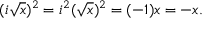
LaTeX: ( i { \sqrt { x } } ) ^ { 2 } = i ^ { 2 } ( { \sqrt { x } } ) ^ { 2 } = ( - 1 ) x = - x .